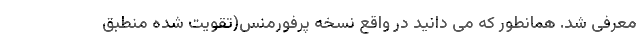
معرفی شد. همانطور که می دانید در واقع نسخه پرفورمنس(تقویت شده منطبق